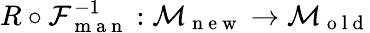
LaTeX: R\circ\mathcal{F}_{\mathrm{~m~a~n~}}^{-1}:\mathcal{M}_{\mathrm{~n~e~w~}}\to\mathcal{M}_{\mathrm{~o~l~d~}}